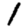
Digit: 1